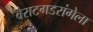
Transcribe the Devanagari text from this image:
वैराटगडरांगेला